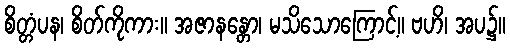
စိတ္တံပန၊ စိတ်ကိုကား။ အဇာနန္တော၊ မသိသောကြောင့်။ ဗဟိ၊ အပ၌။